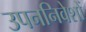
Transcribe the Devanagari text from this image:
उपननिवेशों